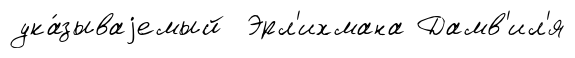
ука́зываjемый Эрл'ихмана Дамв'ил'я